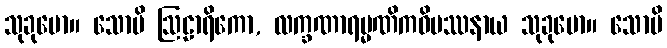
သုခုမော။ သောပိ ဩဠာရိကော, လက္ခဏာရမ္မဏိကဝိပဿနာယ သုခုမော။ သောပိ